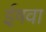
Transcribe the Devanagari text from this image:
ईष़वा